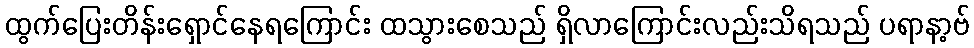
ထွက်ပြေးတိန်းရှောင်နေရကြောင်း ထသွားစေသည် ရှိလာကြောင်းလည်းသိရသည် ပရာနာ့ဗ်